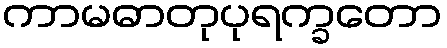
ကာမဓာတုပုရက္ခတော